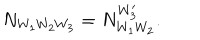
N _ { W _ { 1 } W _ { 2 } W _ { 3 } } = N _ { W _ { 1 } W _ { 2 } } ^ { W _ { 3 } ^ { \prime } } .